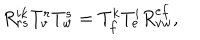
LaTeX: R _ { r s } ^ { i k } T _ { v } ^ { r } T _ { w } ^ { s } = T _ { f } ^ { k } T _ { e } ^ { i } R _ { v w } ^ { e f } ,